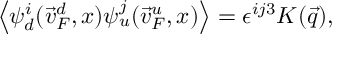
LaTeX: \left< \psi _ { d } ^ { i } ( \vec { v } _ { F } ^ { d } , x ) \psi _ { u } ^ { j } ( \vec { v } _ { F } ^ { u } , x ) \right> = \epsilon ^ { i j 3 } K ( \vec { q } ) ,